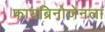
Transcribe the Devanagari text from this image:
फायब्रिनोजेनला